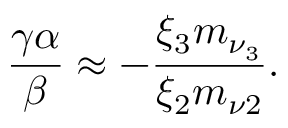
\frac { \gamma \alpha } { \beta } \approx - \frac { \xi _ { 3 } m _ { \nu _ { 3 } } } { \xi _ { 2 } m _ { \nu 2 } } .